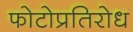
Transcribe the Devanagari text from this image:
फोटोप्रतिरोध